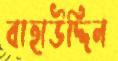
বাহাউদ্দিন